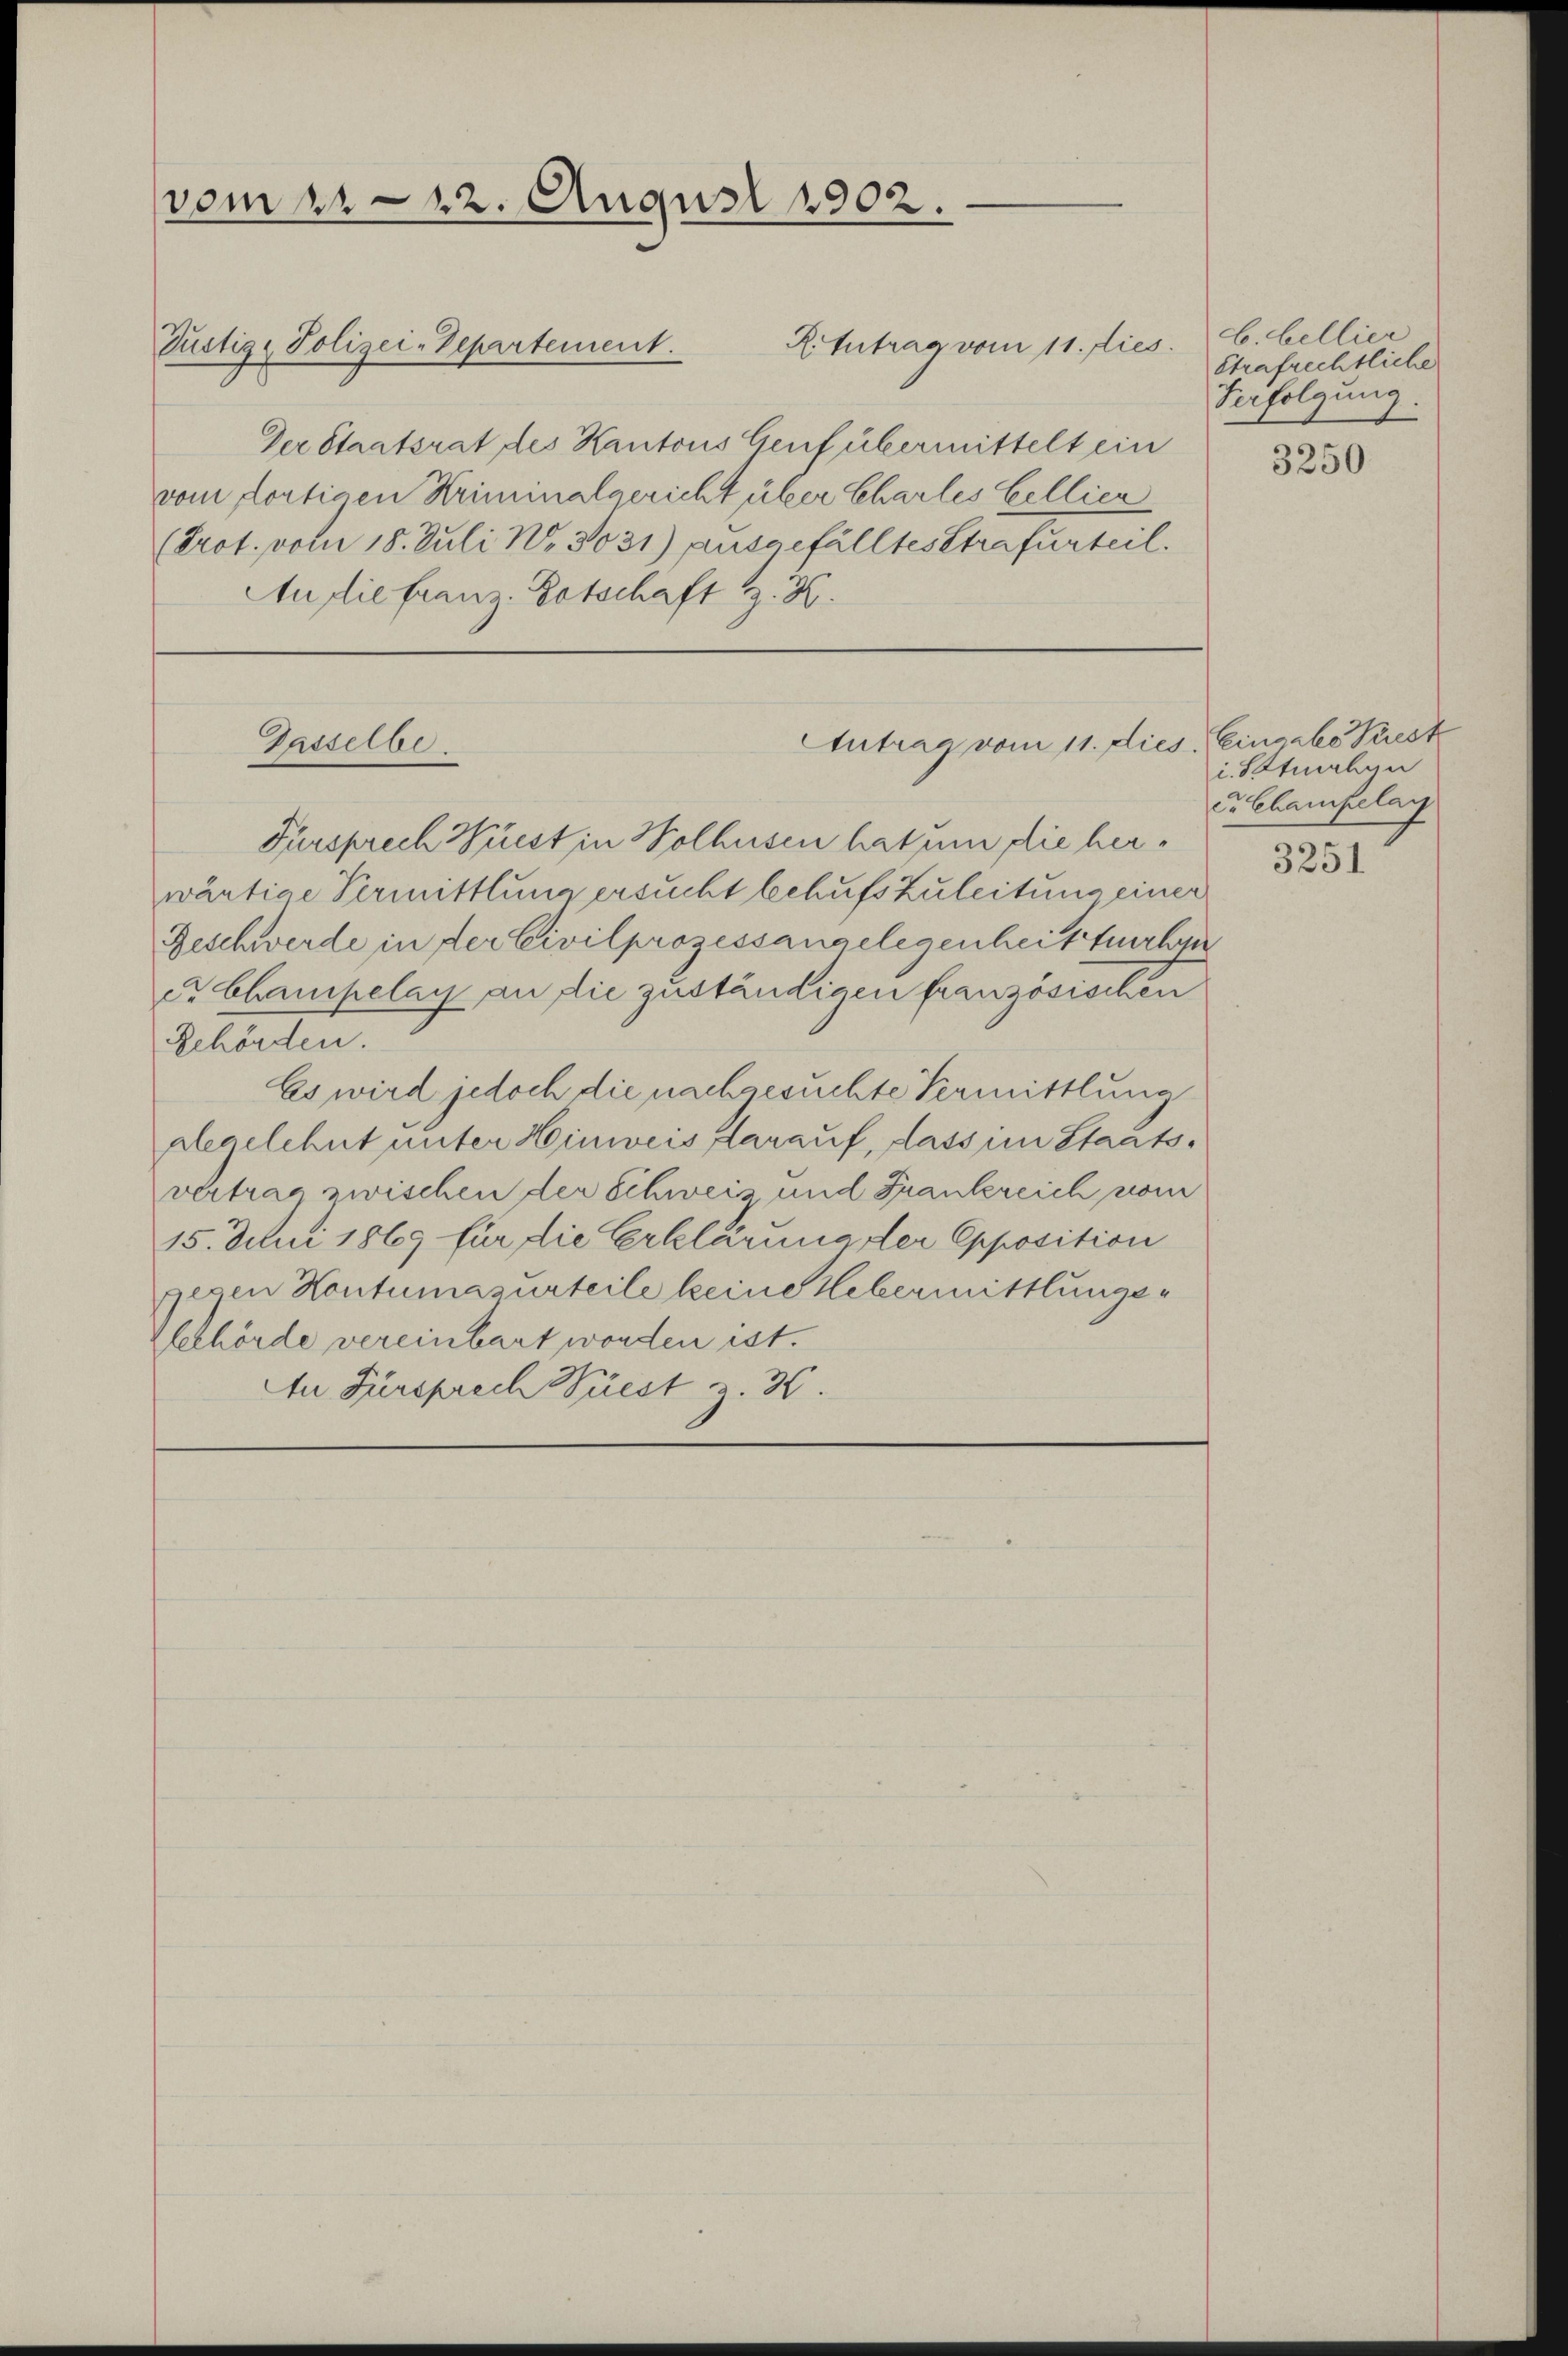
vom 1. 22. August 1902.

R. Antrag vom 11. dies
Der Staatsrat des Kantons Genf übermittelt ein
vom fortigen Kriminalgericht über Charles Bellier
(Prot. vom 18. Juli N. 3031) ausgefälltes Strafurteil.
Audie franz-Botschaft z. K.

Tustige Polizei-Departement.

Fürsprech Wüest in Wolhusen hat um die herwärtige Vermittlung ersucht behufs zuleitung einer
Geschwerde in der Civilprozessangelegenheit zuerspr
er Champelag an die zuständigen französischen
Behörden.
Es wird jedoch die nachgesuchte Vermittlung
alegelehnt unter Hinweis darauf, dass im Staatsvertrag zwischen der Schweiz und Frankreich vom
15. Juni 1869 für die Erklärung der Opposition
gegen Kontumazurteile keine Hebermittlungezleehörde vereinbart worden ist.
An Fürsprech Wüest z. 30.

AAntrag vom 11. dies. Eingabe Best
Gasselbe

b. bellier
Strafrechtliche
Verfolgung

3250

i. Strahen
C. Champelang
3251